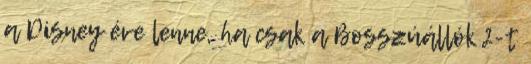
a Disney éve lenne, ha csak a Bosszúállók 2-t